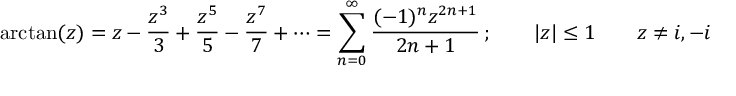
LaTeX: \arctan ( z ) = z - { \frac { z ^ { 3 } } { 3 } } + { \frac { z ^ { 5 } } { 5 } } - { \frac { z ^ { 7 } } { 7 } } + \cdots = \sum _ { n = 0 } ^ { \infty } { \frac { ( - 1 ) ^ { n } z ^ { 2 n + 1 } } { 2 n + 1 } } \, ; \qquad | z | \leq 1 \qquad z \neq i , - i